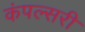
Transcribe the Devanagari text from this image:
कंपल्सरी